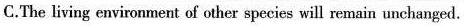
C.The living environment of other species will remain unchanged.